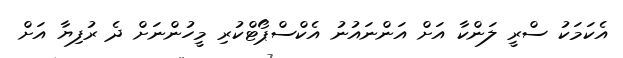
އެކަމަކު ސްރީ ލަންކާ އަށް އަންނައުނު އެކްސްޕޯޓްކުރި މީހުންނަށް ދެ ރުފިޔާ އަށް